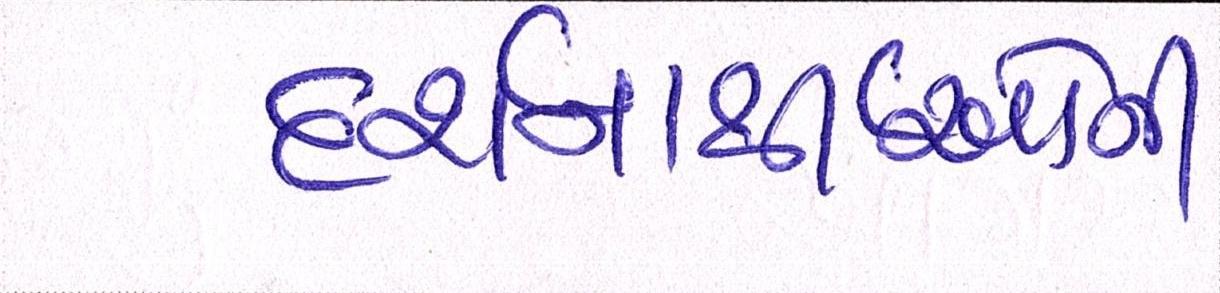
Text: દર્શનાર્થીઓની